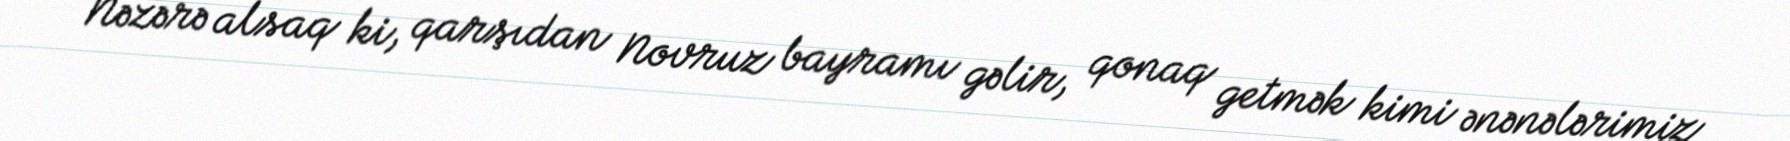
Nəzərə alsaq ki, qarşıdan Novruz bayramı gəlir, qonaq getmək kimi ənənələrimiz